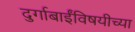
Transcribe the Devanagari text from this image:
दुर्गाबाईंविषयीच्या